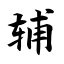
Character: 辅